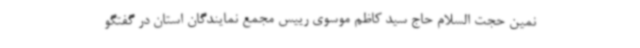
نمین حجت السلام حاج سید کاظم موسوی رییس مجمع نمایندگان استان در گفتگو